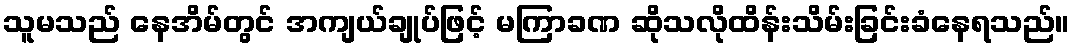
သူမသည် နေအိမ်တွင် အကျယ်ချုပ်ဖြင့် မကြာခဏ ဆိုသလိုထိန်းသိမ်းခြင်းခံနေရသည်။